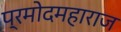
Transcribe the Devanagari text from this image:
प्रमोदमहाराज